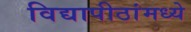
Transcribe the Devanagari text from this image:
विद्यापीठांमध्‍ये